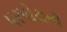
પરપોટાની